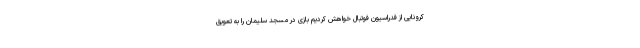
کرونایی از فدراسیون فوتبال خواهش کردیم بازی در مسجد سلیمان را به تعویق